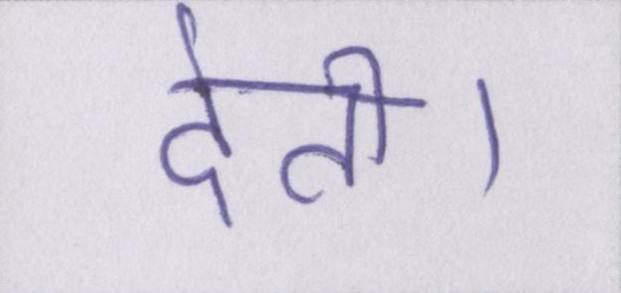
देती।